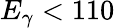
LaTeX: E_{\gamma}<110